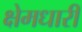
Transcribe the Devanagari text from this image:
क्षेमधारी